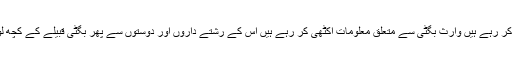
"ابھی تفتیش کر رہے ہیں وارث بگٹی سے متعلق معلومات اکٹھی کر رہے ہیں اس کے رشتے داروں اور دوستوں سے پھر بگٹی قبیلے کے کچھ لوگ بھی ہیں۔